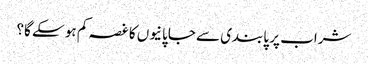
شراب پر پابندی سے جاپانیوں کا غصہ کم ہو سکے گا؟